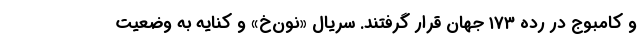
و کامبوج در رده ۱۷۳ جهان قرار گرفتند. سریال «نون‌خ» و کنایه به وضعیت